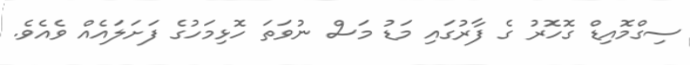
ސިގްމޮއިޑް ގޮހޮރު ގެ ފާރުގައި މަޑު މަސް ނުވަތަ ހޮޅިމަހުގެ ފަށަލައެއް ވެއެވެ.